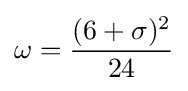
\omega ={\frac {(6+\sigma )^{2}}{24}}